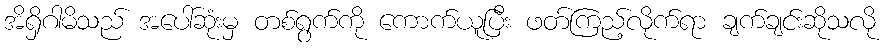
အိရှိဂါမိသည် အပေါ်ဆုံးမှ တစ်ရွက်ကို ကောက်ယူပြီး ဖတ်ကြည့်လိုက်ရာ ချက်ချင်းဆိုသလို